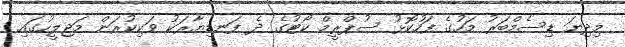
މިދިޔަ ޑިސެމްބަރު މަހުގެ ފަހުކޮޅު ސުޕްރީމް ކޯޓުގެ ދެ ފަނޑިޔާރަކު ވަކިކުރަން މަޖިލީހުގައި